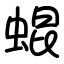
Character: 蜫